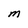
Character: M